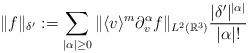
LaTeX: \begin{align*} \| f\|_{\delta'}: = \sum_{|\alpha|\ge 0} \| \langle v\rangle^m \partial_v^\alpha f \|_{L^2(\mathbb{R}^3)} \frac{|\delta'|^{|\alpha|}}{|\alpha| !} \end{align*}